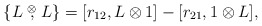
\begin{align*}\{L\stackrel{\otimes}{,}L\}= [ r_{12}, L \otimes 1 ] - [ r_{21}, 1 \otimes L],\end{align*}